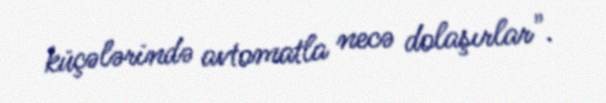
küçələrində avtomatla necə dolaşırlar".